Report of the Bombay Plague Committee
Disease focus: Plague
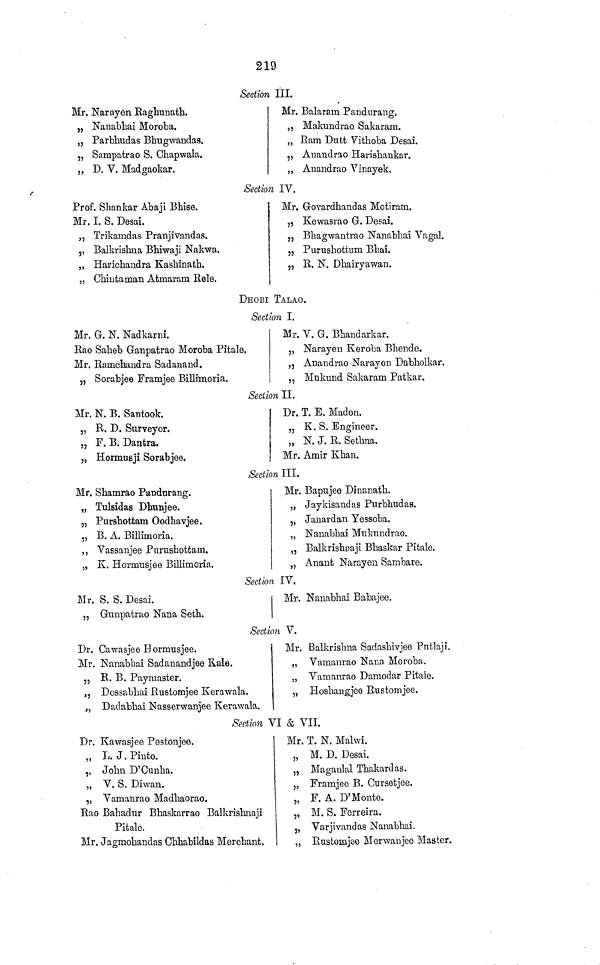
219
Section III.
Mr. Narayen Raghunath.
„ Nanabhai Moroba.
„ Parbhudas Bhugwandas.
„ Sampatrao S. Chapwala.
„ D. V. Madgaokar.
Mr. Balaram Paudurang.
„ Makundrao Sakaram.
„ Ram Dutt Vithoba Desai.
,, Anandrao Harishankar.
„ Anandrao Vinayek.
Section IV.
Prof. Shankar Abaji Bhise.
Mr. I. S. Desai.
j, Trikamdas Pranjivandas.
,, Balkrishna Bhiwaji Nakwa.
„ Harichandra Kashinath.
„ Chmtainan Atmaram Rele.
Mr, Govardhandas Motiram.
„ Kewasrao G. Desai.
„ Bhagwautrao Nanabhai Vagal.
„ Purushottum Bhai.
„ R. N. Dhairyawan.
DHOBI TALAO.
Section I.
Mr. G. N. Nadkarni.
Rao Saheb Ganpatrao Moroba Pitale.
Mr. Ramchandra Sadanand.
„ Sorabjee Framjee Billimoria.
Mr. V. G. Bhandarkar.
„ Narayen Keroba Bhende.
„ Anandrao Narayen Dabholkar.
,, Mukund Sakaram Patkar.
Section II.
Mr. N. B. Santook.
„ R. D. Surveyor.
„ F. B. Dantra.
„ Hormusji Sorabjee.
Dr. T. E. Madon.
„ K. S. Engineer.
„ N. J. R. Sethna.
Mr. Amir Khan.
Section III.
Mr. Shamrao Pandurang.
„ Tulsidas Dhunjee.
„ Pursbottam Oodhavjee.
„ B. A. Billimoria.
,, Vassanjee Purushotfcam.
„ K. Hormusjee Billimoria.
Mr. Bapujee Dinanath.
„ Jaykisandas Purbhudas.
„ Janardan Yessoba.
„ Nanabhai Mukundrao.
,, Balkrishoaji Bhaskar Pifcale.
„ Anaut Narayen Sambare.
Section IV*
Mr. S. S. Desai.
„ Gunpatrao Nana Seth.
Mr. Nanabhai Babajee.
Section V.
Dr. Cawasjee Hormusjee.
Mr. Nanabbai Sadanandjee Kale.
„ R. B. Paymaster.
„ Dossabliai Rustomjee Kerawala.
„ Dadabhai IStasserwanjee Kerawala.
Mr. Balkrishna Sadashivjee Pntlaji.
„ Vamanrao Nana Moroba.
„ Vamanrao Damodar Pitale.
„ Hoshaugjee Rustomjee.
Section VI & VII.
Dr. Kawasjee Pestonjee.
,, L. J. Pinto.
,, John D'Ounha.
„ V. S. Diwan.
„ Vamanrao Madbaorao.
Rao Bahadur Bhaskarrao Balkrishnaji
Pitale.
Mr. Jagmohanclas Chhabildas Merchant.
Mr. T. N. Malwi.
„ M. D. Desai.
„ Magaulal Thakardas.
„ Framjeo B. Gursetjee.
„ F. A. D' Monte.
„ M. S. Forreira.
„ Varjivandas Nanabhai.
,, Rustomjee Merwanjee Master,